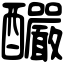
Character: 釅